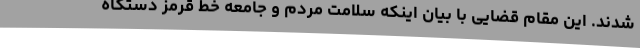
شدند. این مقام قضایی با بیان اینکه سلامت مردم و جامعه خط قرمز دستگاه